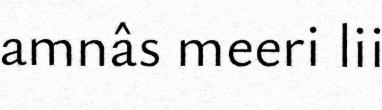
amnâs meeri lii